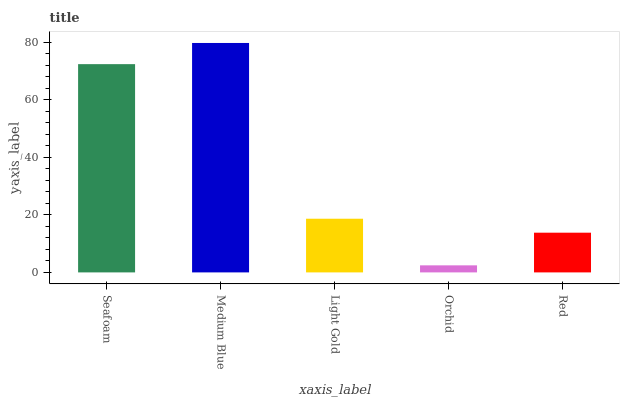
| xaxis_label | bars |
 | --- | --- |
 | Seafoam | 72.4 |
 | Medium Blue | 79.8 |
 | Light Gold | 18.7 |
 | Orchid | 2.45 |
 | Red | 13.8 |